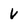
Character: v